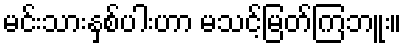
မင်းသားနှစ်ပါးဟာ မသင့်မြတ်ကြဘူး။